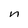
Character: n